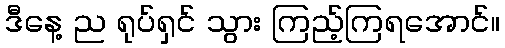
ဒီနေ့ ည ရုပ်ရှင် သွား ကြည့်ကြရအောင်။